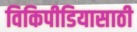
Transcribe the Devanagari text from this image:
विकिपीडियासाठी